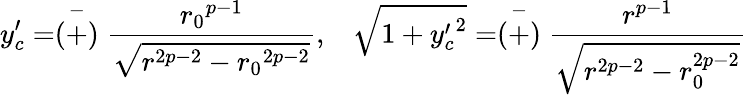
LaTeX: y_{c}^{\prime}=\stackrel{-}{(+)}\frac{{r_{0}}^{p-1}}{\sqrt{r^{2p-2}-{r_{0}}^{2p-2}}},\; \; \; \sqrt{1+{y_{c}^{\prime}}^{2}}=\stackrel{-}{(+)}\frac{r^{p-1}}{\sqrt{r^{2p-2}-r_{0}^{2p-2}}}